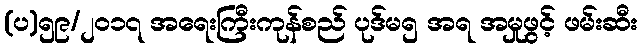
(ပ)၅၉/၂၀၁၇ အရေးကြီးကုန်စည် ပုဒ်မ၅ အရ အမှုဖွင့် ဖမ်းဆီး